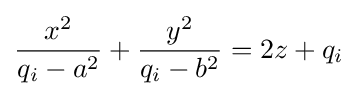
{\frac {x^{2}}{q_{i}-a^{2}}}+{\frac {y^{2}}{q_{i}-b^{2}}}=2z+q_{i}